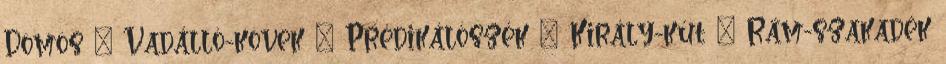
Dömös – Vadálló-kövek – Prédikálószék – Király-kút – Rám-szakadék